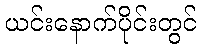
ယင်းနောက်ပိုင်းတွင်